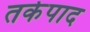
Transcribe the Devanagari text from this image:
तर्कपाद